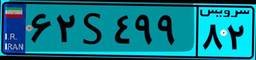
۹۹S۹۵۶۳۹